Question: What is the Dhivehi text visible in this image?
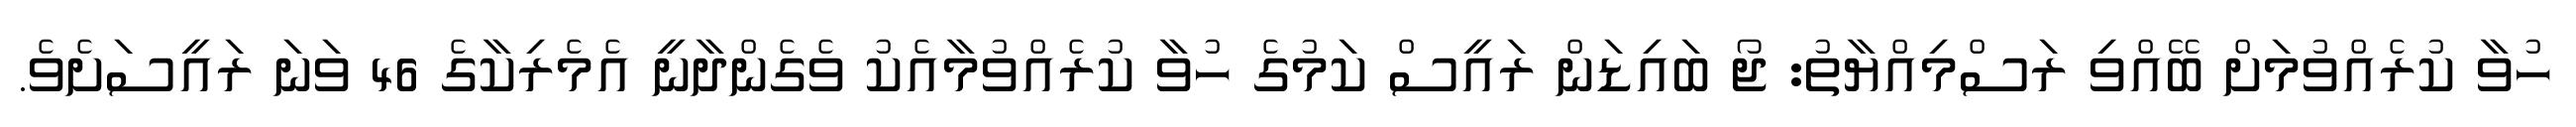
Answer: ހުވާ ކުރެއްވުމަށް ބޭއްވި ރަސްމިއްޔާތު: ޖޯ ބައިޑަން ރައީސް ކަމުގެ ހުވާ ކުރެއްވުމާއެކު ވެގެންދާނީ އެމެރިކާގެ 46 ވަނަ ރައީސަށެވެ.